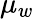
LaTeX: \mu_{w}